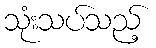
သုံးသပ်သည့်